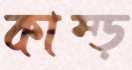
কাম্‌ড়